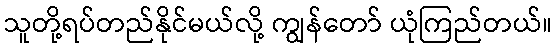
သူတို့ရပ်တည်နိုင်မယ်လို့ ကျွန်တော် ယုံကြည်တယ်။